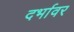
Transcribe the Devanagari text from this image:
दर्भावर